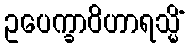
ဥပေက္ခာဝိဟာရသ္မိံ